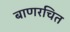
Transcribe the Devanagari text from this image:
बाणरचित